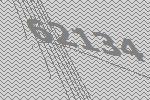
62134